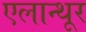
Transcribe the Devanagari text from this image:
एलान्थूर